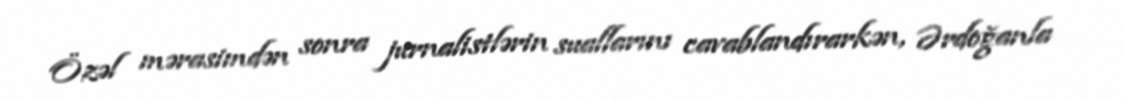
Özəl mərasimdən sonra jurnalistlərin suallarını cavablandırarkən, Ərdoğanla